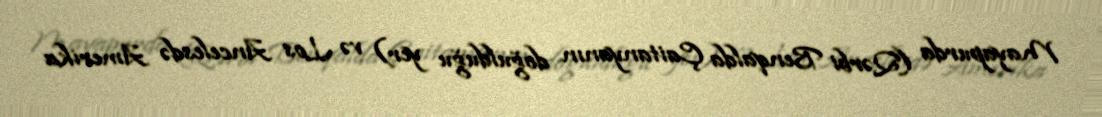
Mayapurda (Qərbi Benqalda Çaitanyanın doğulduğu yer) və Los Ancelesdə Amerika